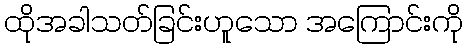
ထိုအခါသတ်ခြင်းဟူသော အကြောင်းကို